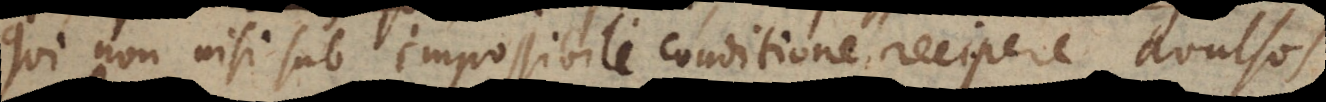
g non nisi sub impossibili conditione recipere avulsos